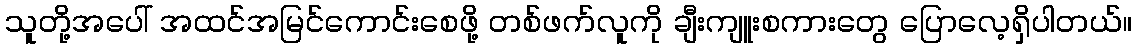
သူတို့အပေါ် အထင်အမြင်ကောင်းစေဖို့ တစ်ဖက်လူကို ချီးကျူးစကားတွေ ပြောလေ့ရှိပါတယ်။